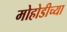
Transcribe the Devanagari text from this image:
मोहोडीच्या